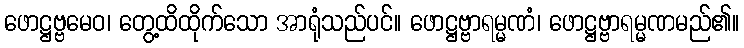
ဖောဋ္ဌဗ္ဗမေဝ၊ တွေ့ထိထိုက်သော အာရုံသည်ပင်။ ဖောဋ္ဌဗ္ဗာရမ္မဏံ၊ ဖောဋ္ဌဗ္ဗာရမ္မဏမည်၏။